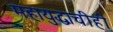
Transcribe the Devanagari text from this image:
महायुद्धाचीही